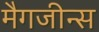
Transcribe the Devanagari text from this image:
मैगजीन्स